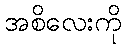
အစိလေးကို